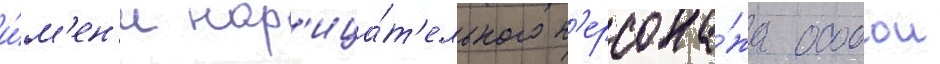
и́м'ен'и нар'ица́т'ельного п'ерсона́жа особои